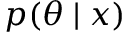
p ( \theta \mid x )